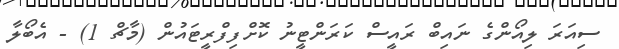
ސިއަރަ ލިއޯންގެ ނައިބް ރައީސް ކަރަންޓީނު ކޮށްފިފްރީޓައުން (މާޗް 1) - އެބޯލާ